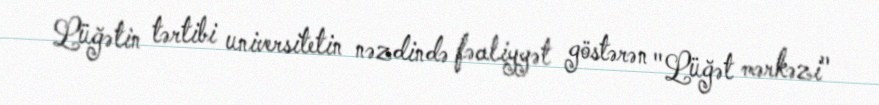
Lüğətin tərtibi universitetin nəzdində fəaliyyət göstərən "Lüğət mərkəzi"